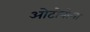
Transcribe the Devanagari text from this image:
ओटोनोमा